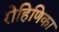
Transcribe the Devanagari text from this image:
रोहिणिका